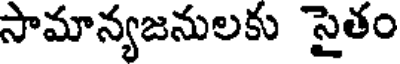
సామాన్యజనులకు సైతం